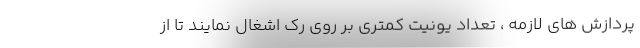
پردازش های لازمه ، تعداد یونیت کمتری بر روی رک اشغال نمایند تا از